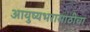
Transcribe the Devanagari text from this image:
आयुष्यभरासाठीचा